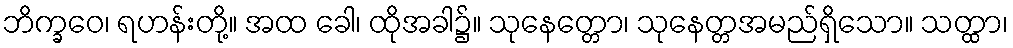
ဘိက္ခဝေ၊ ရဟန်းတို့။ အထ ခေါ၊ ထိုအခါ၌။ သုနေတ္တော၊ သုနေတ္တအမည်ရှိသော။ သတ္ထာ၊